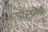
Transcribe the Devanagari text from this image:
पोल्य्मेर्स